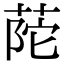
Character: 𦱆